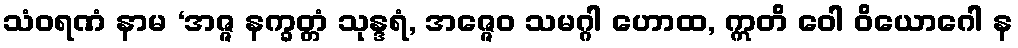
သံဝရဏံ နာမ ‘အဇ္ဇ နက္ခတ္တံ သုန္ဒရံ, အဇ္ဇေဝ သမဂ္ဂါ ဟောထ, ဣတိ ဝေါ ဝိယောဂေါ န